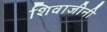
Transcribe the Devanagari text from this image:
शिवाजीनी